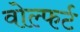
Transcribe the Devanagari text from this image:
वोल्फर्ट